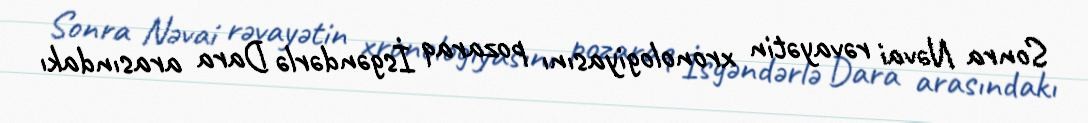
Sonra Nəvai rəvayətin xronologiyasını pozaraq İsgəndərlə Dara arasındakı